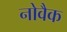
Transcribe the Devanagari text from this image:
नोवैक